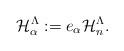
LaTeX: \begin{align*}\mathcal{H}_{\alpha}^{\Lambda}:=e_{\alpha}\mathcal{H}_n^{\Lambda}.\end{align*}